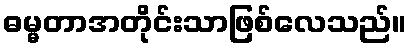
ဓမ္မတာအတိုင်းသာဖြစ်လေသည်။